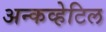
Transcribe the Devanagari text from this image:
अन्कव्हेटिल